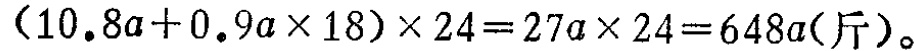
\((10.8a + 0.9a\times18)\times24 = 27a\times24 = 648a(\text{斤})\)